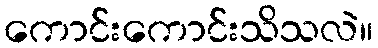
ကောင်းကောင်းသိသလဲ။